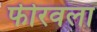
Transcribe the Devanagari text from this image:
फीरवला